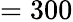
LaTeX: =300